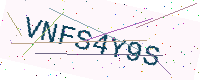
Text: VNFS4Y9S